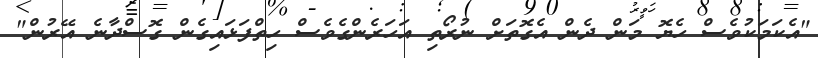
"އެކަމަކުވެސް ހެޔޮ މަން ދެން އެގޮތަށް ނުރޯތި އަހަރެންގެވެސް ހިތްފަޅައިގެން ގޮސްދާނެ އޭރުން"